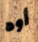
أوه